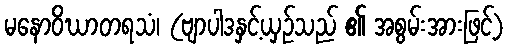
မနောဝိဃာတရသံ၊ (ဗျာပါဒနှင့်ယှဉ်သည် ၏ အစွမ်းအားဖြင့်)